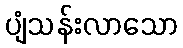
ပျံသန်းလာသော